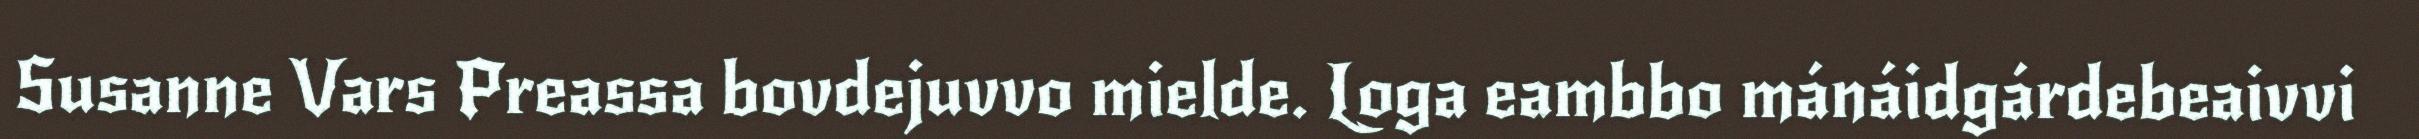
Susanne Vars Preassa bovdejuvvo mielde. Loga eambbo mánáidgárdebeaivvi